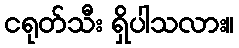
ငရုတ်သီး ရှိပါသလား။